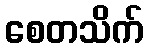
စေတသိက်